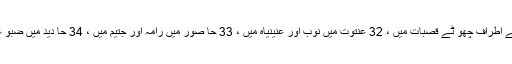
بنیمین کے خاندان جو کہ جبع کے تھے : 31 مِکماس، عیّاہ ، بیت ایل اور اس کے اطراف چھو ٹے قصبات میں ، 32 عنتوت میں نُوب اور عنینیاہ میں ، 33 حا صُور میں رامہ اور جِتّیم میں ، 34 حا دید میں ضبو عیم میں اور نبلّاط میں ، 35 لُود اور اُونو میں اور کاریگروں کی وادی میں رہے۔